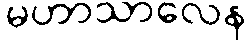
မဟာသာလေန